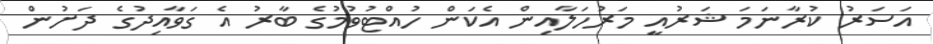
އަސަރު ކުރާނަމަ ޝަރުއީ މަރުހަލާއިން އެކަން ހުއްޓުވުމުގެ ބާރު އެ ގަވާއިދުގެ ދަށުން